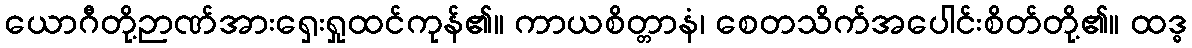
ယောဂီတို့ဉာဏ်အားရှေးရှုထင်ကုန်၏။ ကာယစိတ္တာနံ၊ စေတသိက်အပေါင်းစိတ်တို့၏။ ထဒ္ဓ